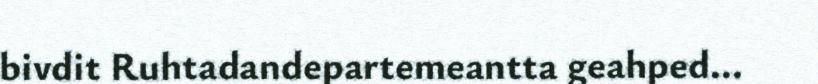
bivdit Ruhtadandepartemeantta geahped...